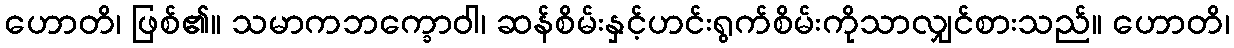
ဟောတိ၊ ဖြစ်၏။ သမာကဘက္ခောဝါ၊ ဆန်စိမ်းနှင့်ဟင်းရွက်စိမ်းကိုသာလျှင်စားသည်။ ဟောတိ၊